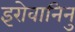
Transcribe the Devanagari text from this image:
इरोवानिनु